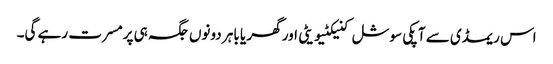
اس ریمڈی سے آپکی سوشل کنیکٹیویٹی اور گھر یا باہر دونوں جگہ ہی پرمسرت رہے گی۔